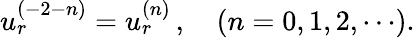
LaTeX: u_{r}^{(-2-n)}=u_{r}^{(n)}\, ,\quad(n=0,1,2,\cdots).